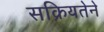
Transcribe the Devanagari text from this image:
सक्रियतेने